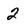
Character: 2